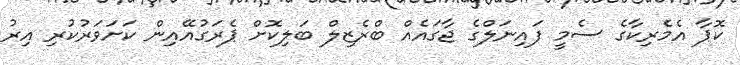
ކޮޕާ އެމެރިކާގެ ސެމީ ފައިނަލްގެ ޖާގައެއް ބްރެޒިލް ބަލިކޮށް ޕެރަގުއޭއިން ކަށަވަރުކުރި އިރު